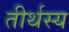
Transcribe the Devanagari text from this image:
तीर्थस्य